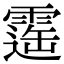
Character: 𩄫